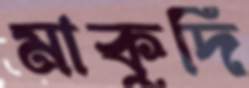
মাকুদি